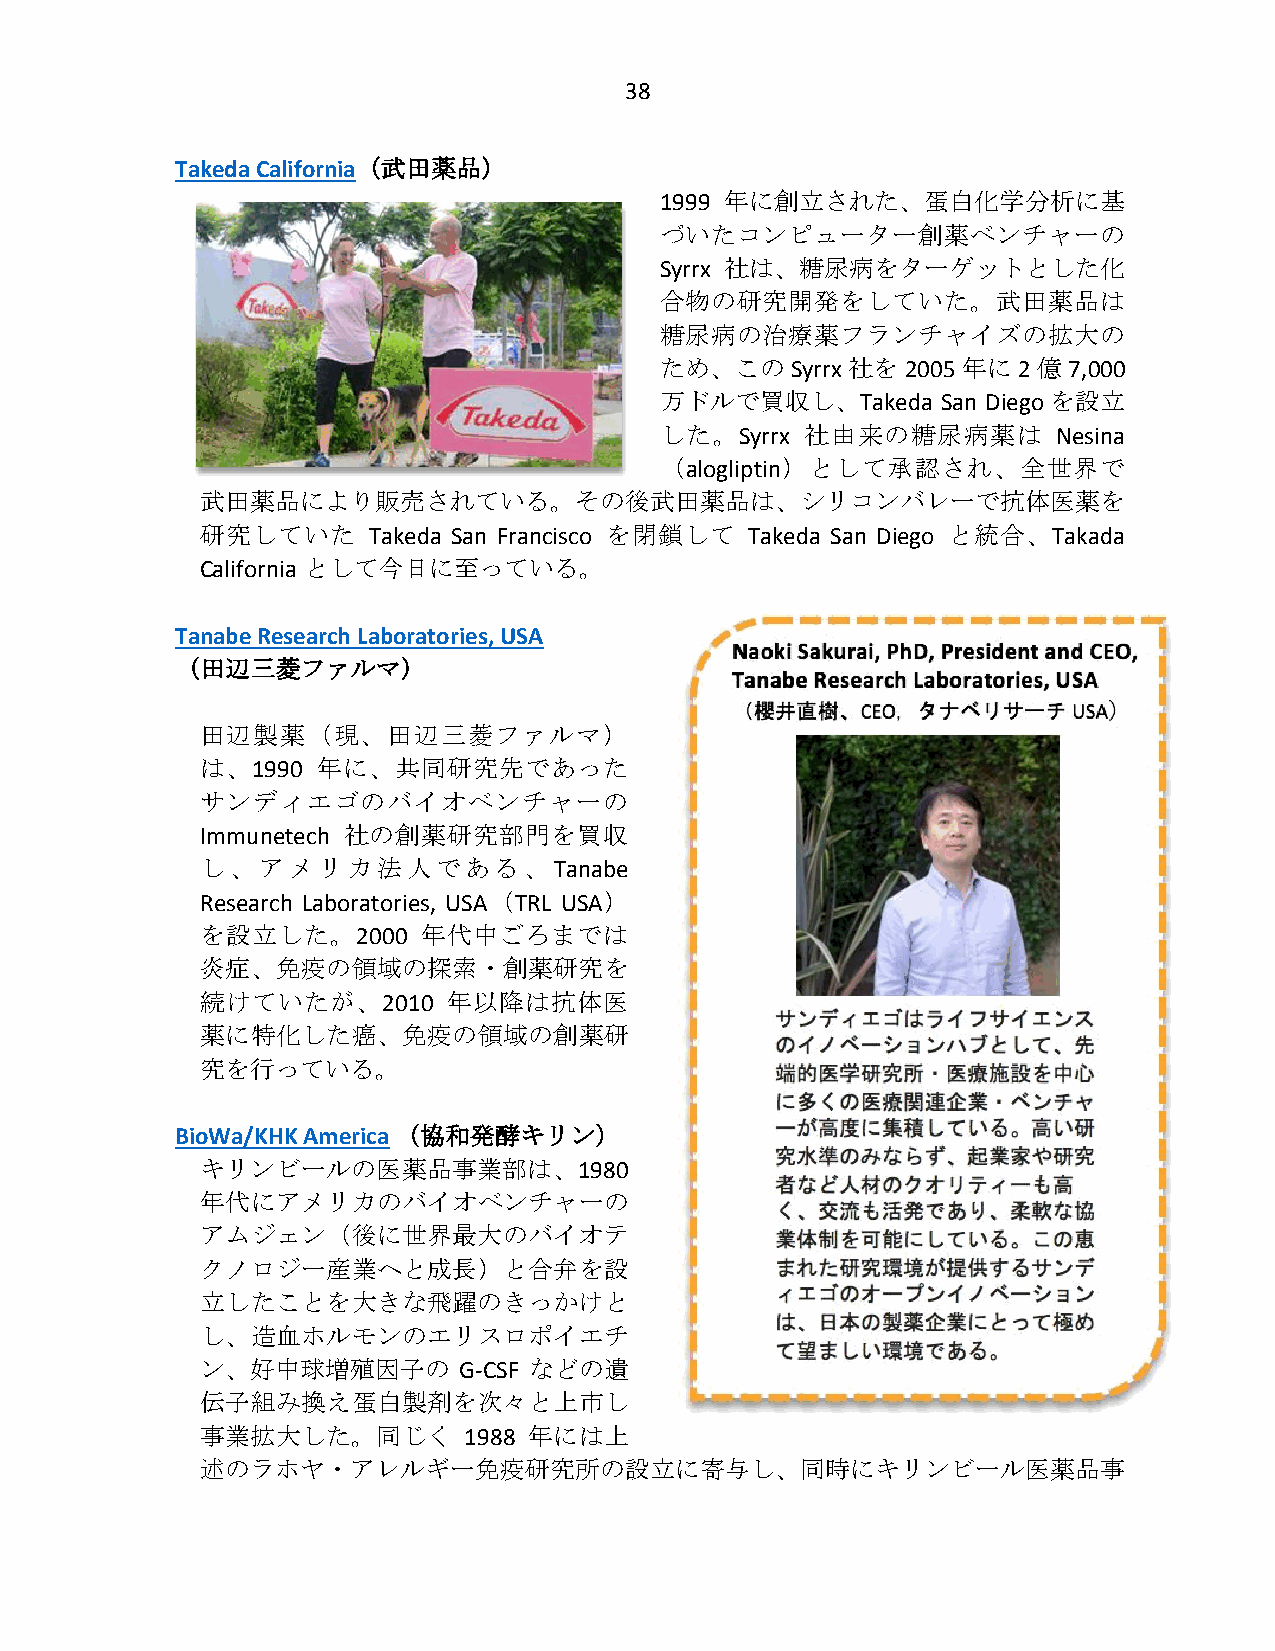
38
 Takeda California（武田薬品）
 1999 年に創立された、蛋白化学分析に基
 づいたコンピューター創薬ベンチャーの
 Syrrx 社は、糖尿病をターゲットとした化
 合物の研究開発をしていた。武田薬品は
 糖尿病の治療薬フランチャイズの拡大の
 ため、このSyrrx  社を2005  年に2  億7,000
 万ドルで買収し、Takeda    San Diego を設立
 した。Syrrx 社由来の糖尿病薬は        Nesina
 （alogliptin）として承認され、全世界で
 武田薬品により販売されている。その後武田薬品は、シリコンバレーで抗体医薬を
 研究していた     Takeda San Francisco を閉鎖して Takeda San Diego と統合、Takada
 California として今日に至っている。
 Tanabe Research Laboratories, USA
 （田辺三菱ファルマ）
 田辺製薬（現、田辺三菱ファルマ）
 は、1990  年に、共同研究先であった
 サンディエゴのバイオベンチャーの
 Immunetech 社の創薬研究部門を買収
 し、アメリカ法人である、Tanabe
 Research Laboratories, USA（TRL USA）
 を設立した。2000     年代中ごろまでは
 炎症、免疫の領域の探索・創薬研究を
 続けていたが、2010      年以降は抗体医
 薬に特化した癌、免疫の領域の創薬研
 究を行っている。
 BioWa/KHK America （協和発酵キリン）
 キリンビールの医薬品事業部は、1980
 年代にアメリカのバイオベンチャーの
 アムジェン（後に世界最大のバイオテ
 クノロジー産業へと成長）と合弁を設
 立したことを大きな飛躍のきっかけと
 し、造血ホルモンのエリスロポイエチ
 ン、好中球増殖因子の       G-CSF などの遺
 伝子組み換え蛋白製剤を次々と上市し
 事業拡大した。同じく        1988 年には上
 述のラホヤ・アレルギー免疫研究所の設立に寄与し、同時にキリンビール医薬品事